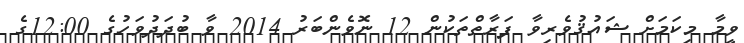
ވީމާ މިކަމަށް ޝައުޤުވެރިވާ ފަރާތްތަކުން 12 ނޮވެންބަރު 2014 ވާ ބުދަދުވަހުގެ 12:00ގެ